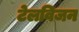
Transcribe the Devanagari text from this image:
टेलविजन